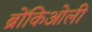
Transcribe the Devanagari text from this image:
ब्रोंकिओली